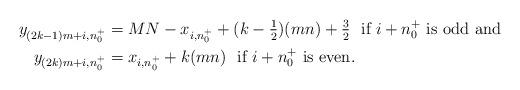
LaTeX: \begin{align*} y_{(2k-1)m+i,n^{+}_0} &= MN - x_{i,n^{+}_0} +(k-\tfrac{1}{2})(mn) +\tfrac{3}{2} \mbox{ \ if } i+n^{+}_0 \mbox{ is odd and} \\ y_{(2k)m+i,n^{+}_0} &= x_{i,n^{+}_0} +k(mn) \mbox{ \ if } i+n^{+}_0 \mbox{ is even.} \end{align*}